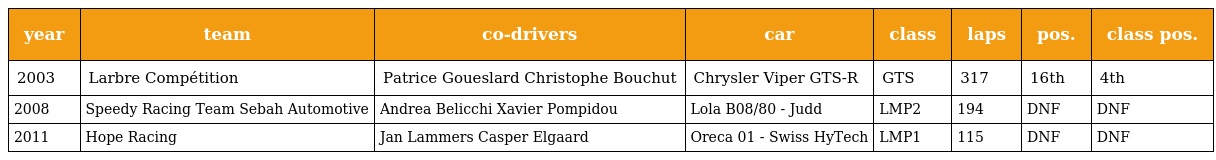
| year | team | co-drivers | car | class | laps | pos. | class pos. |
 | --- | --- | --- | --- | --- | --- | --- | --- |
 | 2003 | Larbre Compétition | Patrice Goueslard Christophe Bouchut | Chrysler Viper GTS-R | GTS | 317 | 16th | 4th |
 | 2008 | Speedy Racing Team Sebah Automotive | Andrea Belicchi Xavier Pompidou | Lola B08/80 - Judd | LMP2 | 194 | DNF | DNF |
 | 2011 | Hope Racing | Jan Lammers Casper Elgaard | Oreca 01 - Swiss HyTech | LMP1 | 115 | DNF | DNF |